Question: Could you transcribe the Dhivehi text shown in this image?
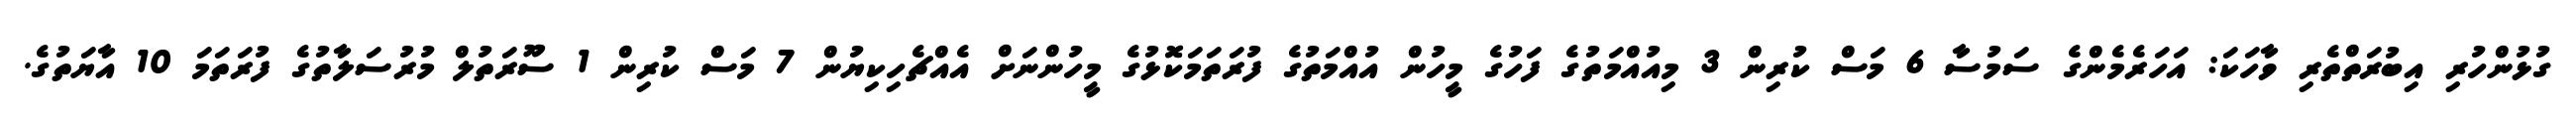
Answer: ގުޅުންހުރި އިބުރަތްތެރި ވާހަކަ: އަހަރެމެންގެ ސަމުސާ 6 މަސް ކުރިން 3 މިއުއްމަތުގެ ފަހުގެ މީހުން އުއްމަތުގެ ފުރަތަމަކޮޅުގެ މީހުންނަށް އެއްޗެހިކިޔުން 7 މަސް ކުރިން 1 ސޫރަތުލް މުރުސަލާތުގެ ފުރަތަމަ 10 އާޔަތުގެ.